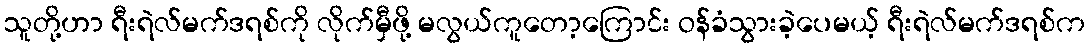
သူတို့ဟာ ရီးရဲလ်မက်ဒရစ်ကို လိုက်မှီဖို့ မလွယ်ကူတော့ကြောင်း ဝန်ခံသွားခဲ့ပေမယ့် ရီးရဲလ်မက်ဒရစ်က